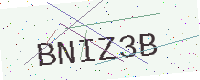
Text: BNIZ3B